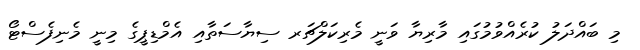
މި ބައްދަލު ކުރެއްވުމުގައި މާރިޔާ ވަނީ މެރިކަލްޗަރ ސިޔާސަތާއި އެމްޑިޕީގެ މިނީ މެނިފެސްޓޯ